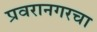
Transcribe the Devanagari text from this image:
प्रवरानगरचा